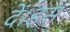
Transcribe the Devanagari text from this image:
दें।इस